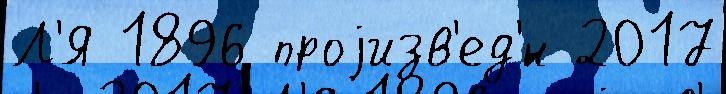
Л'Я 1896 проjизв'ед'́н 2017